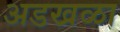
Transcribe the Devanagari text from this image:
अडखळा